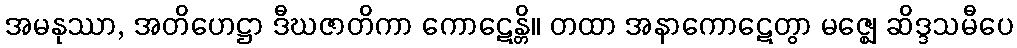
အမနုဿာ, အတိဟေဋ္ဌာ ဒီဃဇာတိကာ ကောဋေန္တိ။ တထာ အနာကောဋေတွာ မဇ္ဈေ ဆိဒ္ဒသမီပေ